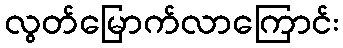
လွတ်မြောက်လာကြောင်း